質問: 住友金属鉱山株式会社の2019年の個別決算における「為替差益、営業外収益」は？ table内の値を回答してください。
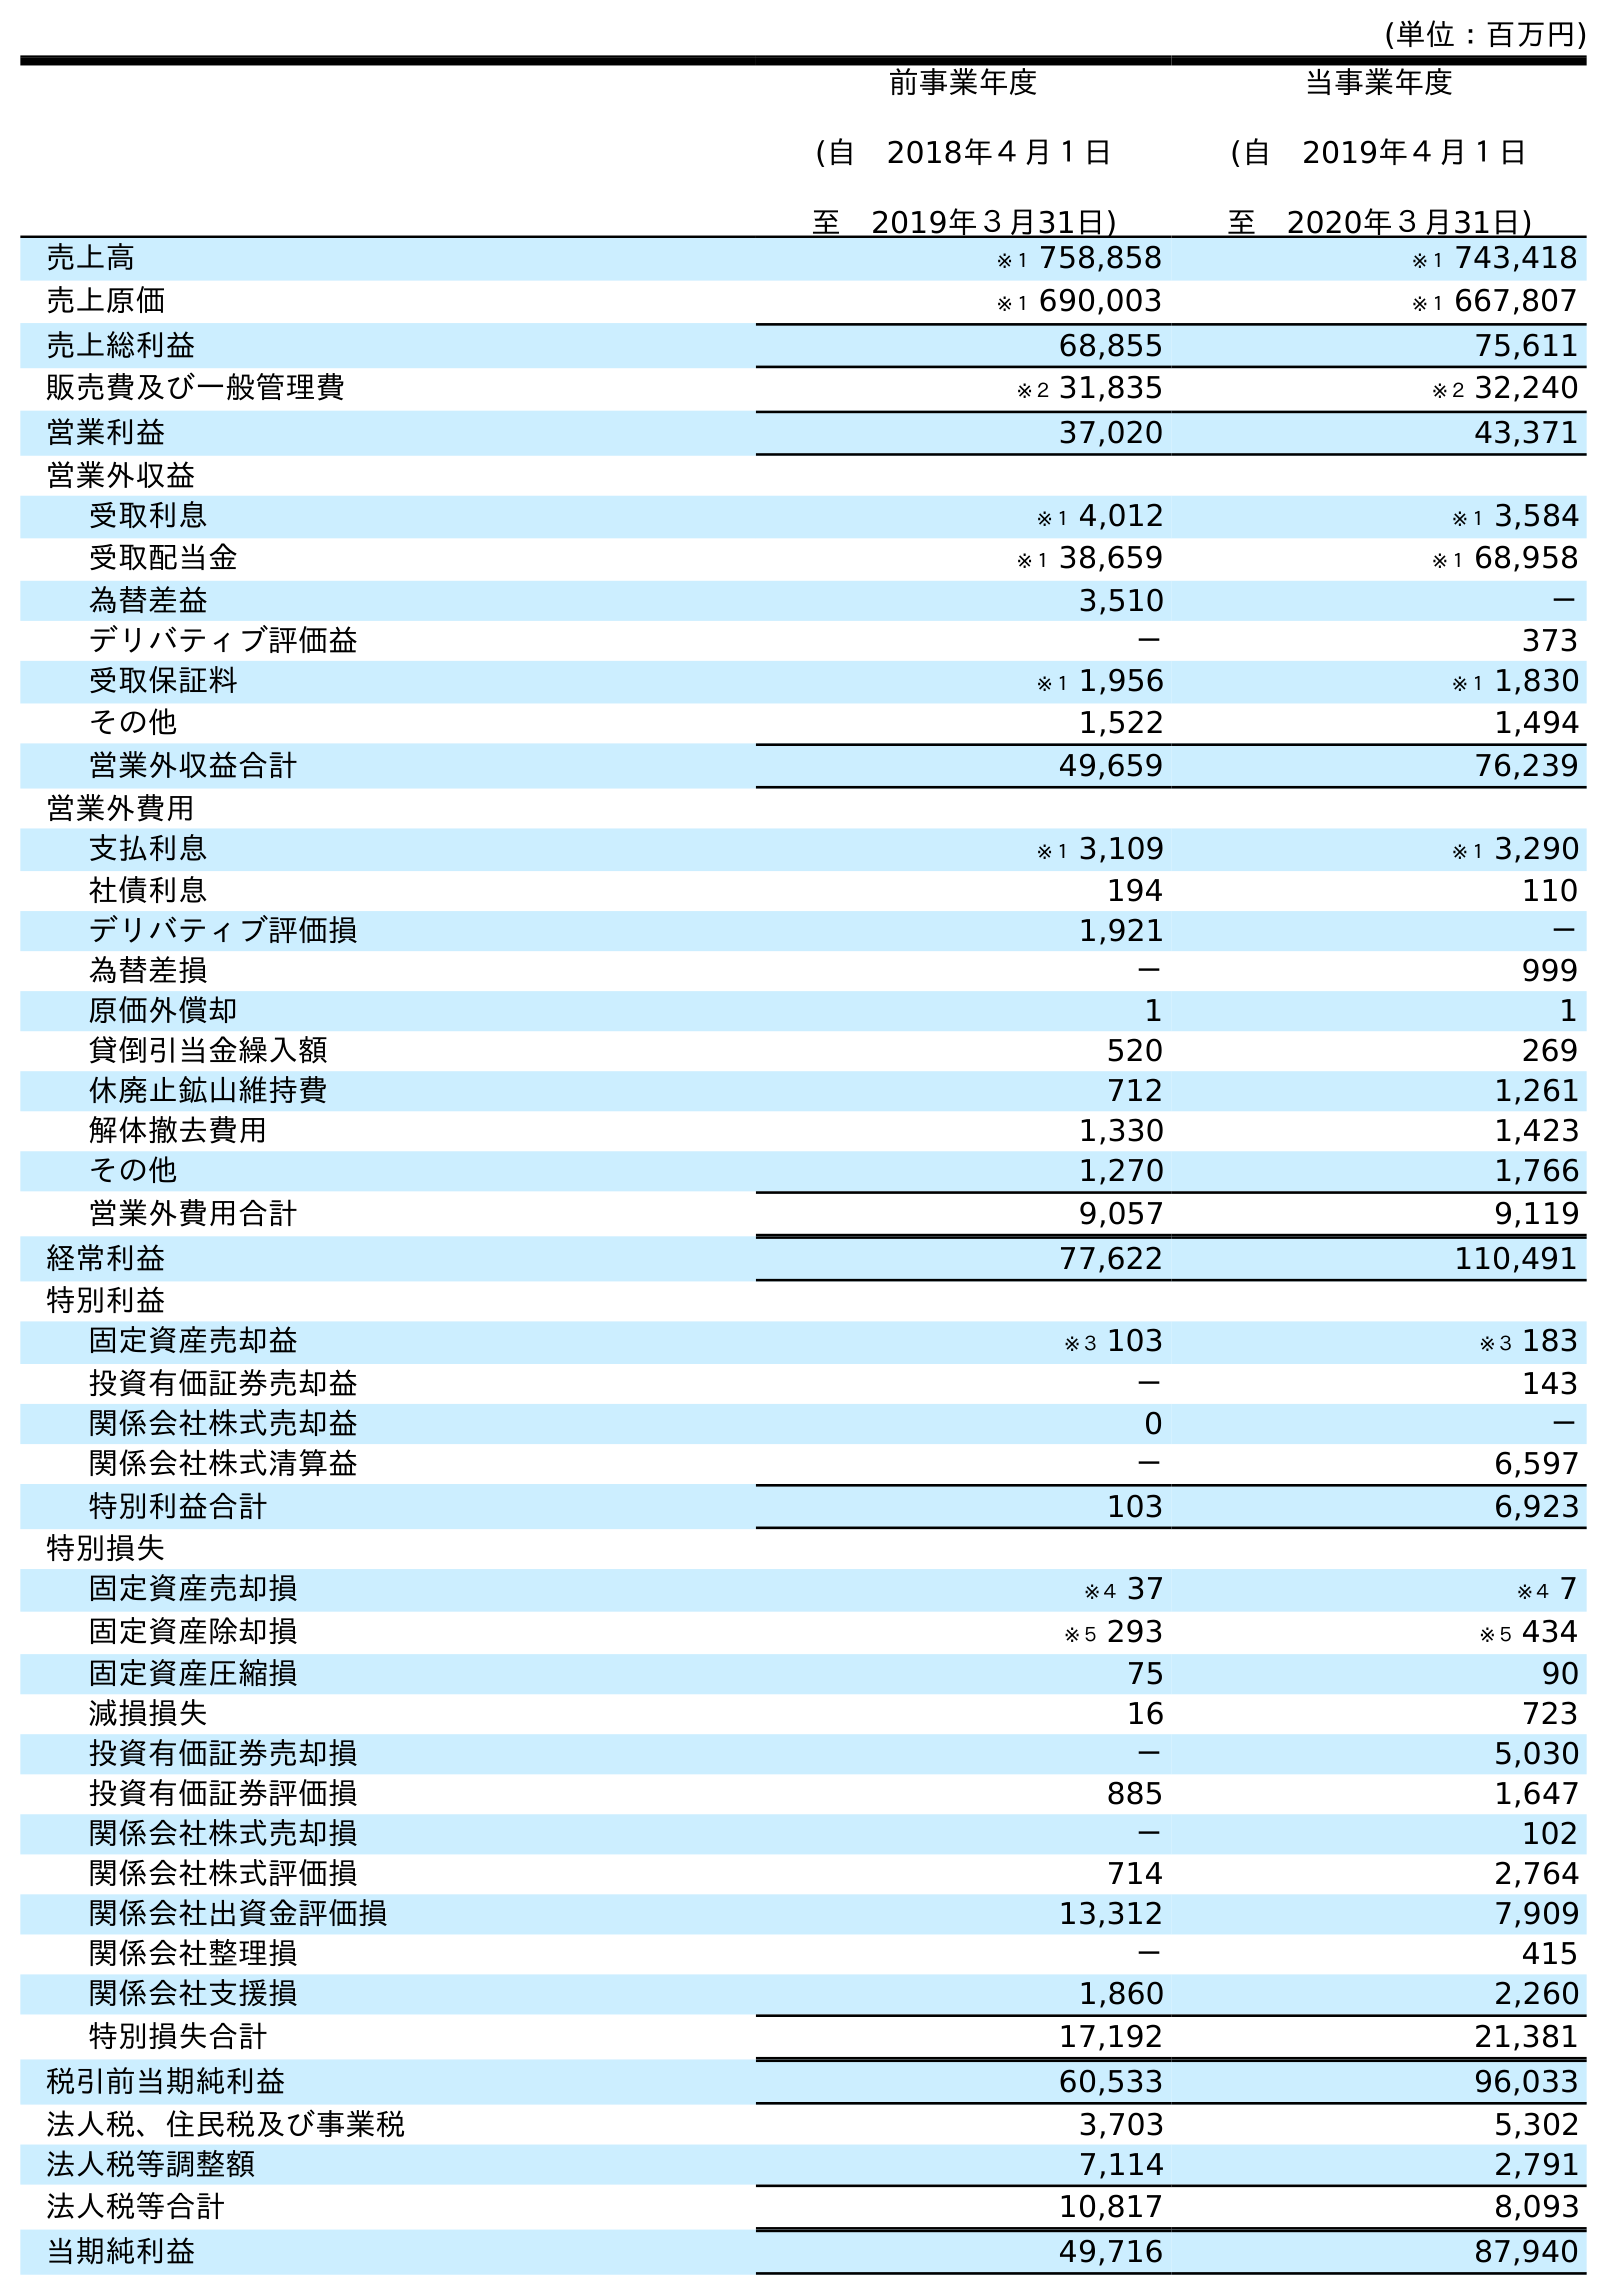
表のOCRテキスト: (単位：百万円) 前事業年度 (自 2018年４月１日 至 2019年３月31日) 当事業年度 (自 2019年４月１日 至 2020年３月31日) 売上高 ※１ 758,858 ※１ 743,418 売上原価 ※１ 690,003 ※１ 667,807 売上総利益 68,855 75,611 販売費及び一般管理費 ※２ 31,835 ※２ 32,240 営業利益 37,020 43,371 営業外収益 受取利息 ※１ 4,012 ※１ 3,584 受取配当金 ※１ 38,659 ※１ 68,958 為替差益 3,510 － デリバティブ評価益 － 373 受取保証料 ※１ 1,956 ※１ 1,830 その他 1,522 1,494 営業外収益合計 49,659 76,239 営業外費用 支払利息 ※１ 3,109 ※１ 3,290 社債利息 194 110 デリバティブ評価損 1,921 － 為替差損 － 999 原価外償却 1 1 貸倒引当金繰入額 520 269 休廃止鉱山維持費 712 1,261 解体撤去費用 1,330 1,423 その他 1,270 1,766 営業外費用合計 9,057 9,119 経常利益 77,622 110,491 特別利益 固定資産売却益 ※３ 103 ※３ 183 投資有価証券売却益 － 143 関係会社株式売却益 0 － 関係会社株式清算益 － 6,597 特別利益合計 103 6,923 特別損失 固定資産売却損 ※４ 37 ※４ 7 固定資産除却損 ※５ 293 ※５ 434 固定資産圧縮損 75 90 減損損失 16 723 投資有価証券売却損 － 5,030 投資有価証券評価損 885 1,647 関係会社株式売却損 － 102 関係会社株式評価損 714 2,764 関係会社出資金評価損 13,312 7,909 関係会社整理損 － 415 関係会社支援損 1,860 2,260 特別損失合計 17,192 21,381 税引前当期純利益 60,533 96,033 法人税、住民税及び事業税 3,703 5,302 法人税等調整額 7,114 2,791 法人税等合計 10,817 8,093 当期純利益 49,716 87,940
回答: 3,510